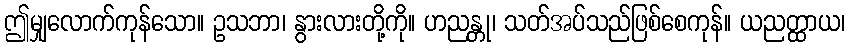
ဤမျှလောက်ကုန်သော။ ဥသဘာ၊ နွားလားတို့ကို။ ဟညန္တု၊ သတ်အပ်သည်ဖြစ်စေကုန်။ ယညတ္ထာယ၊